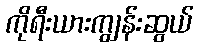
ကိုရီးယားကျွန်းဆွယ်